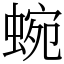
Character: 蜿